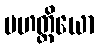
မဟတ္ထိယော